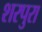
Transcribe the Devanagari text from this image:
शरपुरा